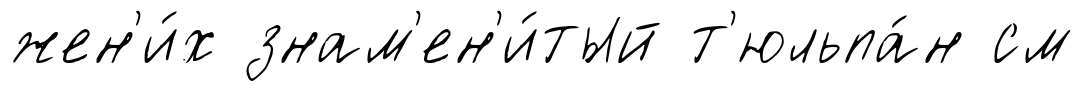
жен'и́х знам'ен'и́тый т'юльпа́н см